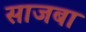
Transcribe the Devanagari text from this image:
साजबा